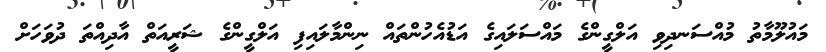
މައުލޫމާތު މުއްސަނދިވި އަލްގީންގެ މައްސަލައިގެ އަޑުއެހުންތައް ނިންމާލައިފި އަލްގީންގެ ޝަރީއަތް އާދިއްތަ ދުވަހަށް